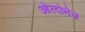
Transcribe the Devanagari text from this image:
ओरदोनेज़